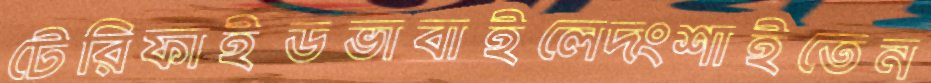
টেরিফাইডভাবাইলেদংশাইতেন